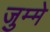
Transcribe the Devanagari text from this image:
जुम्मे